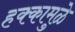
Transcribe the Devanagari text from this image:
हक्कामुळे